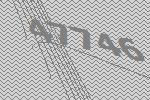
47746